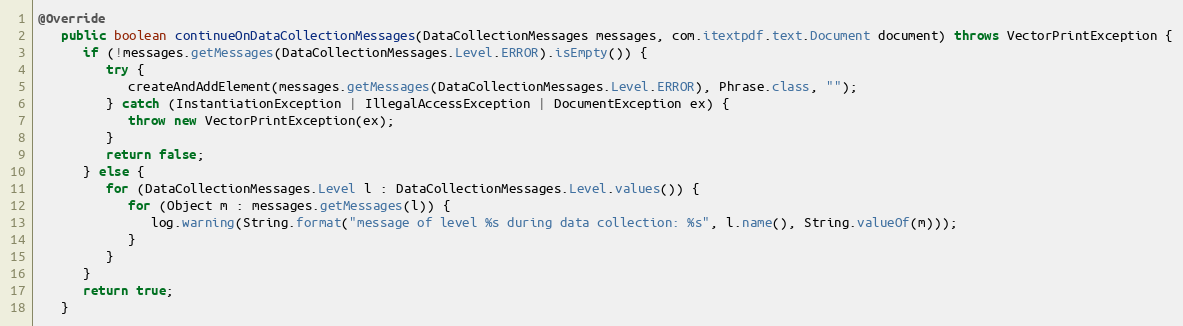
Language: Java
@Override
   public boolean continueOnDataCollectionMessages(DataCollectionMessages messages, com.itextpdf.text.Document document) throws VectorPrintException {
      if (!messages.getMessages(DataCollectionMessages.Level.ERROR).isEmpty()) {
         try {
            createAndAddElement(messages.getMessages(DataCollectionMessages.Level.ERROR), Phrase.class, "");
         } catch (InstantiationException | IllegalAccessException | DocumentException ex) {
            throw new VectorPrintException(ex);
         }
         return false;
      } else {
         for (DataCollectionMessages.Level l : DataCollectionMessages.Level.values()) {
            for (Object m : messages.getMessages(l)) {
               log.warning(String.format("message of level %s during data collection: %s", l.name(), String.valueOf(m)));
            }
         }
      }
      return true;
   }